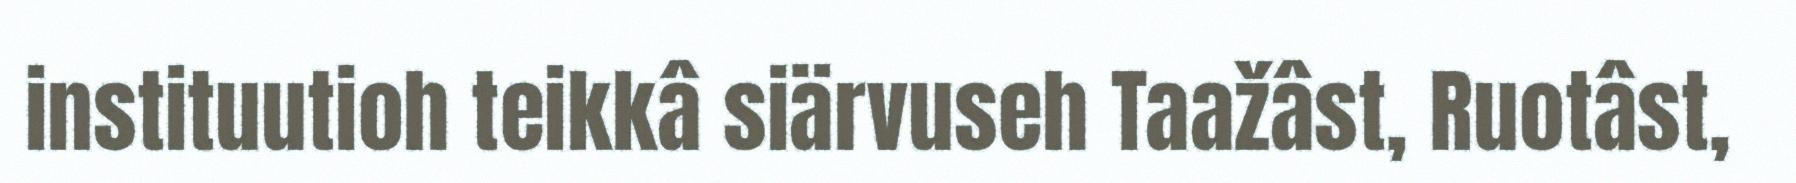
instituutioh teikkâ siärvuseh Taažâst, Ruotâst,